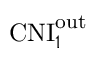
\mathrm { C N I } _ { 1 } ^ { \mathrm { o u t } }